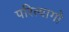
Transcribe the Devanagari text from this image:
परित्यागो